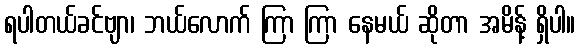
ရပါတယ်ခင်ဗျာ၊ ဘယ်လောက် ကြာ ကြာ နေမယ် ဆိုတာ အမိန့် ရှိပါ။